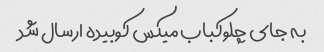
به جای چلوکباب میکس کوبیده ارسال شد